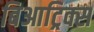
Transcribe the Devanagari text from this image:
बिआट्रिक्स